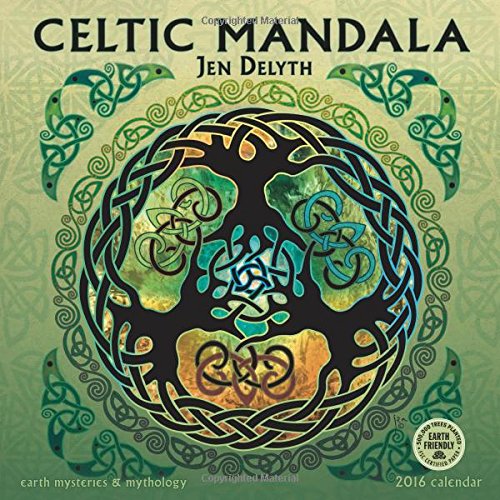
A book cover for Celtic Mandala 2016 Wall Calendar: Earth Mysteries & Mythology; Jen Delyth; Arts & Photography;